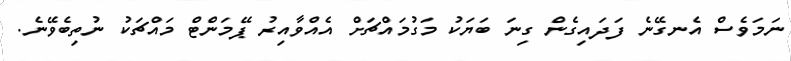
ނަމަވެސް އެނގޭނެ ފަދައިގެން ގިނަ ބަޔަކު މަގުމައްޗަށް އެއްވާއިރު ޕޭމަންޓް މައްޗަކު ނުތިބެވޭނެ.